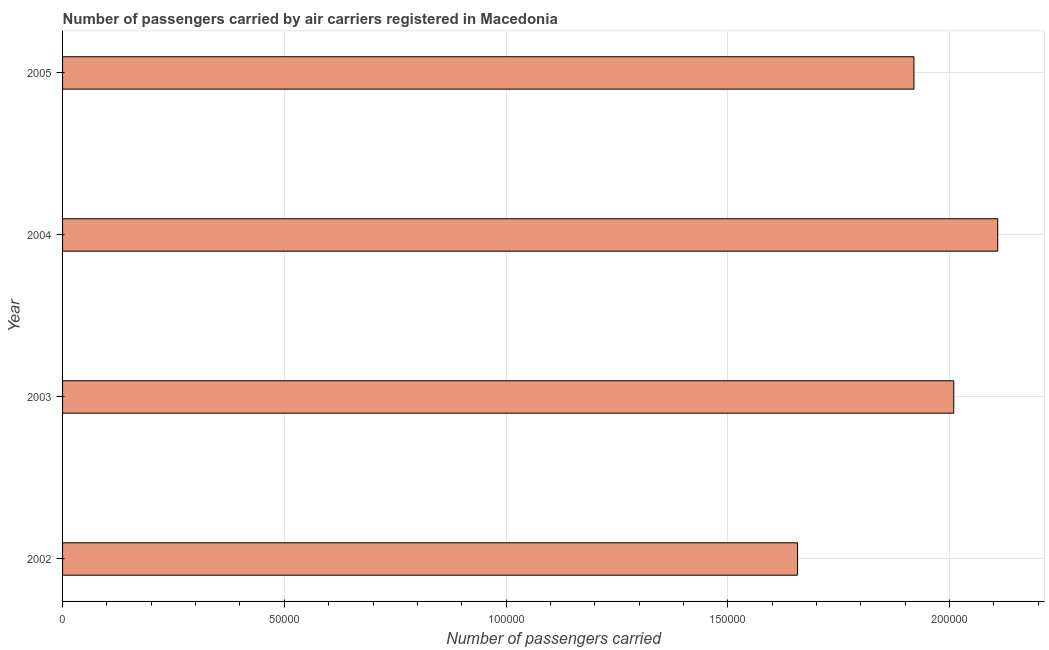
| Year | Air transport |
 | --- | --- |
 | 2002 | 1.66e+05 |
 | 2003 | 2.01e+05 |
 | 2004 | 2.11e+05 |
 | 2005 | 1.92e+05 |